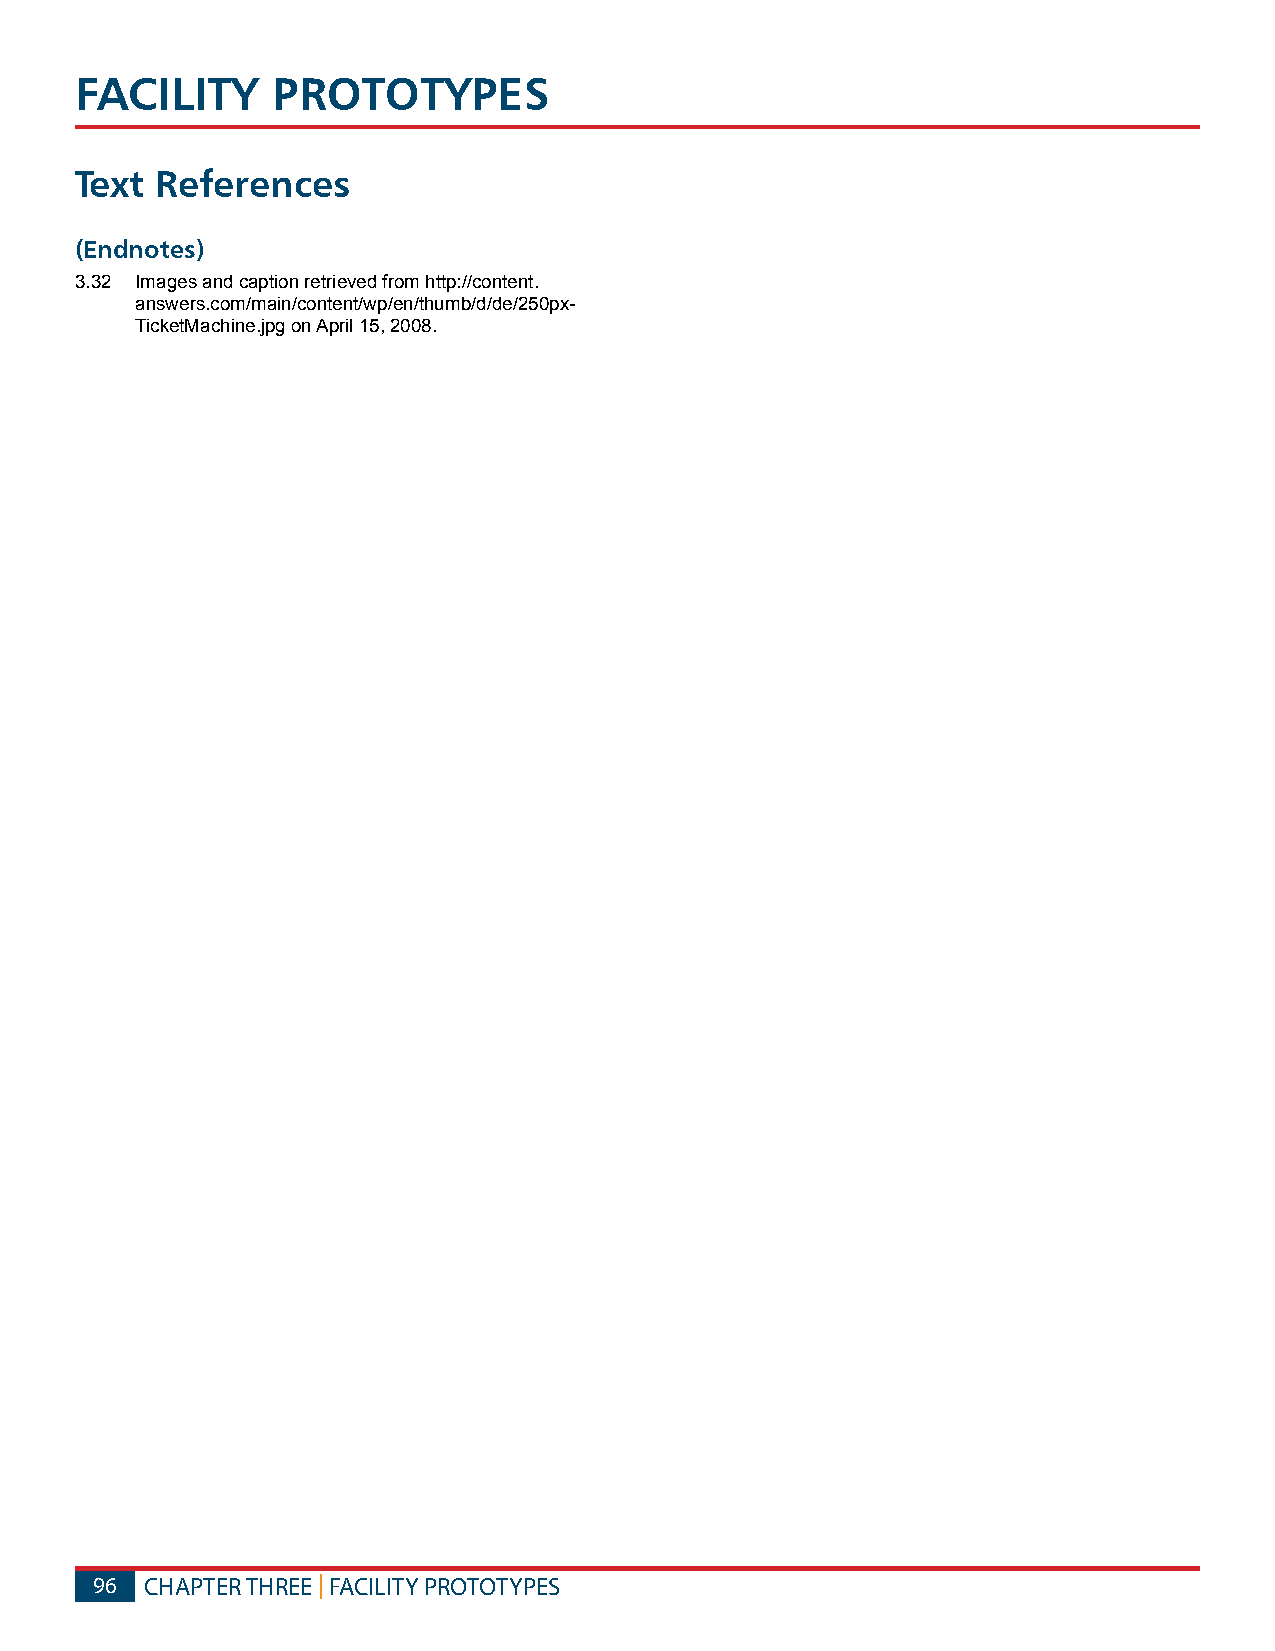
FACILITy     PROTOTyPES
 Text References
 (Endnotes)
 3.32 Images and caption retrieved from http://content.
 answers.com/main/content/wp/en/thumb/d/de/250px-
 TicketMachine.jpg on April 15, 2008.
 96  CHAPTER THREE | FACILITY PROTOTYPES